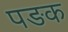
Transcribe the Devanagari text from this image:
पङक